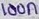
Text: 100n